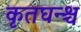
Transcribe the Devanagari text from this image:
कृतघन्श्च